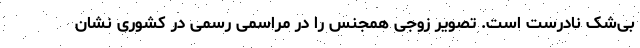
بی‌شک نادرست است. تصویر زوجی همجنس را در مراسمی رسمی در کشوری نشان